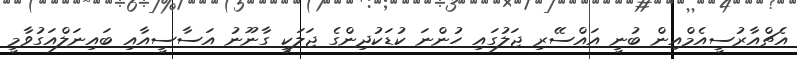
އެޗްއާރުސީއެމްއިން ބުނީ އައްސޭރި ޖަލުގައި ހުންނަ ކުޑަކުދިންގެ ޖަލަކީ ގާނޫނު އަސާސީއާއި ބައިނަލްއަގުވާމީ